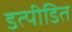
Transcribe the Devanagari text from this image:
डत्पीडित